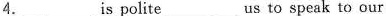
4.___is polite___us to speak to our